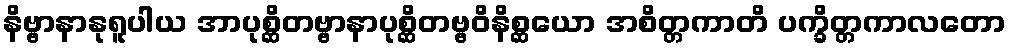
နိဗ္ဗာနာနုရူပါယ အာပုစ္ဆိတဗ္ဗာနာပုစ္ဆိတဗ္ဗဝိနိစ္ဆယော အစိတ္တကာတိ ပက္ခိတ္တကာလတော